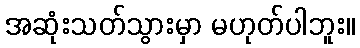
အဆုံးသတ်သွားမှာ မဟုတ်ပါဘူး။